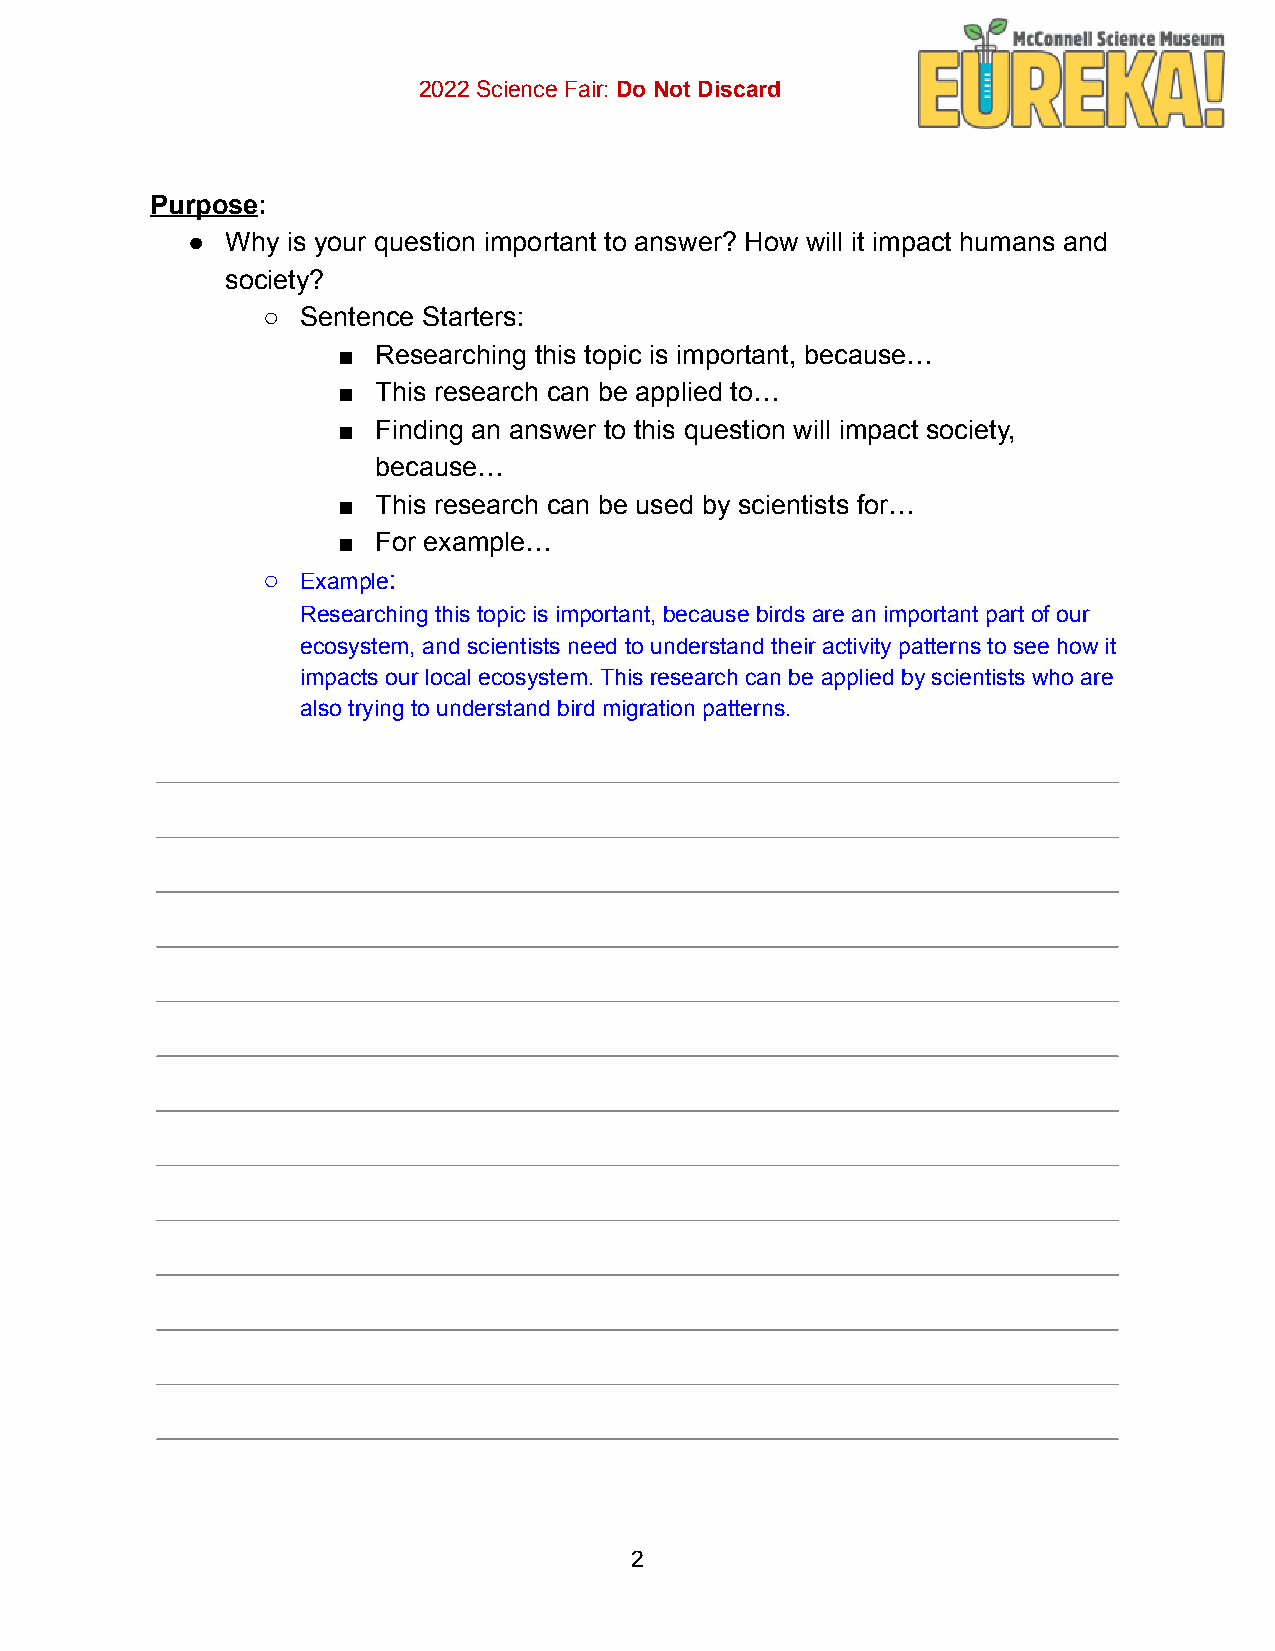
2022 Science Fair: Do Not Discard
 Purpose:
 ●  Why is your question important to answer? How will it impact humans and
 society?
 ○  Sentence Starters:
 ■  Researching this topic is important, because…
 ■  This research can be applied to…
 ■  Finding an answer to this question will impact society,
 because…
 ■  This research can be used by scientists for…
 ■  For example…
 ○  Example:
 Researching this topic is important, because birds are an important part of our
 ecosystem, and scientists need to understand their activity patterns to see how it
 impacts our local ecosystem. This research can be applied by scientists who are
 also trying to understand bird migration patterns.
 2